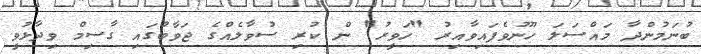
ބުނަމުންދާ މައްސަލަ ހޫނުވެފައިވާއިރު "ހަވީރު" ން ކުރި ސުވާލެއްގެ ޖަވާބުގައި ގާސިމް ވިދާޅުވީ